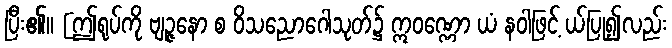
ပြီး၏။ [ဤရုပ်ကို ဗျဉ္ဇနော စ ဝိသညောဂေါသုတ်၌ ဣဝဏ္ဏော ယံ နဝါဖြင့် ယ်ပြု၍လည်း